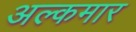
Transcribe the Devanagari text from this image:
अल्कमार